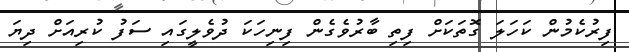
ފިރުކެމުން ކަހަލަ ގޮތަކަށް ފިތި ބާރުވެގެން ފިނިހަކަ ދުވެލީގައި ސަފު ކުރިއަށް ދިޔަ